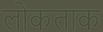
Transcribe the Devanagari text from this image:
लोकताक